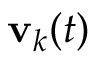
\mathbf { v } _ { k } ( t )